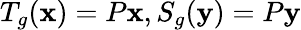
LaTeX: T_{g}(\mathbf{x})=P\mathbf{x},S_{g}(\mathbf{y})=P\mathbf{y}